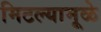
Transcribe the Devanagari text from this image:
मिटल्यामूळे